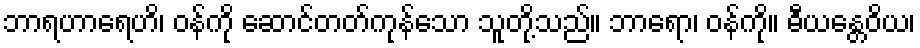
ဘာရဟာရေဟိ၊ ဝန်ကို ဆောင်တတ်ကုန်သော သူတို့သည်။ ဘာရော၊ ဝန်ကို။ ဓီယန္တေဝိယ၊